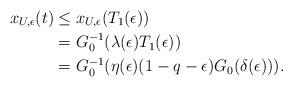
LaTeX: \begin{align*}x_{U,\epsilon}(t)&\leq x_{U,\epsilon}(T_1(\epsilon))\\&=G_0^{-1}(\lambda(\epsilon)T_1(\epsilon))\\&=G_0^{-1}(\eta(\epsilon)(1-q-\epsilon) G_0(\delta(\epsilon))).\end{align*}